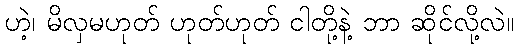
ဟဲ့၊ မိလှမဟုတ် ဟုတ်ဟုတ် ငါတို့နဲ့ ဘာ ဆိုင်လို့လဲ။